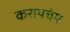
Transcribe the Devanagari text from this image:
करायचंय